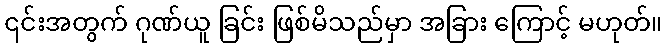
၎င်းအတွက် ဂုဏ်ယူ ခြင်း ဖြစ်မိသည်မှာ အခြား ကြောင့် မဟုတ်။